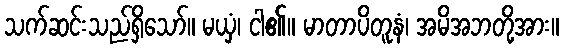
သက်ဆင်းသည်ရှိသော်။ မယှံ၊ ငါ၏။ မာတာပိတူနံ၊ အမိအဘတို့အား။